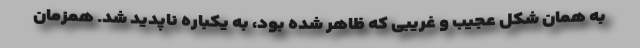
به همان شکل عجیب و غریبی که ظاهر شده بود، به یکباره ناپدید شد. همزمان